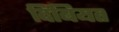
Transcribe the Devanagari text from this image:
दिबियत